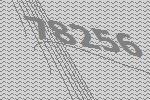
78256